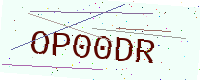
Text: OP00DR